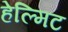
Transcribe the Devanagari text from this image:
हेल्मिट